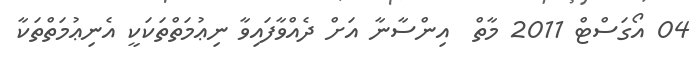
04 އޯގަސްޓް 2011 މާތް  އިންސާނާ އަށް ދެއްވާފައިވާ ނިޢުމަތްތަކަކީ އެނިޢުމަތްތަކާ